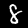
Digit: 8